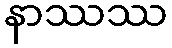
နာဿဿ